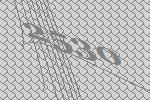
2530